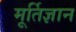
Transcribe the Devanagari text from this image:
मूर्तिज्ञान